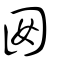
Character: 囡